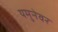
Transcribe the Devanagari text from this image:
यमुनेवर